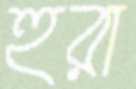
হুরা